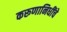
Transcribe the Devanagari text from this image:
करूणानिधींचे